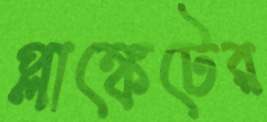
প্লাঙ্কেটের